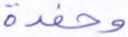
وحفدة